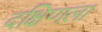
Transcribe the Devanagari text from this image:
दक्षिणला